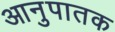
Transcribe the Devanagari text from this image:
आनुपातक